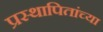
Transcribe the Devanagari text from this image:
प्रस्थापितांच्या